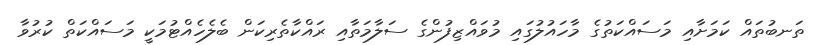
ތަނބުތައް ކަމަށާއި މަސައްކަތުގެ މާހައުލުގައި މުވައްޒިފުންގެ ސަލާމަތާއި ރައްކާތެރިކަން ބެލެހެއްޓުމަކީ މަސައްކަތް ކުރުވާ